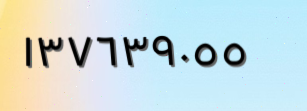
١٣٧٦٣٩٠٥٥